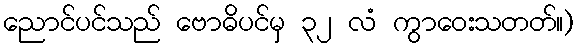
ညောင်ပင်သည် ဗောဓိပင်မှ ၃၂ လံ ကွာဝေးသတတ်။)